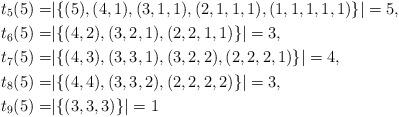
LaTeX: \begin{align*} t_5(5)=& |\{(5), (4,1), (3,1,1), (2,1,1,1), (1,1,1,1,1)\}|=5,\\ t_6(5)=& |\{(4,2), (3,2,1), (2,2,1,1)\}|=3,\\ t_7(5)= & |\{(4,3), (3,3,1), (3,2,2), (2,2,2,1)\}|=4,\\ t_8(5)=& |\{(4,4), (3,3,2), (2,2,2,2)\}|=3,\\ t_9(5)=& |\{(3,3,3)\}|=1\end{align*}